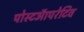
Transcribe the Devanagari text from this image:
पोस्टऑपरेटिव